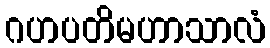
ဂဟပတိမဟာသာလံ